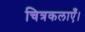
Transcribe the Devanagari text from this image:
चित्रकलाएँ।